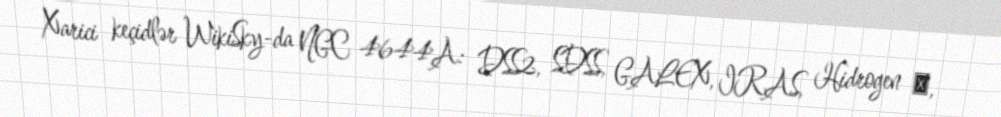
Xarici keçidlər WikiSky-da NGC 4644A: DSS2, SDSS, GALEX, IRAS, Hidrogen α,